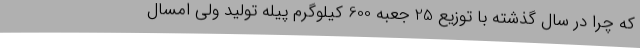
که چرا در سال گذشته با توزیع 25 جعبه 600 کیلوگرم پیله تولید ولی امسال